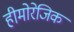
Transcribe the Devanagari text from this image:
हीमोरेजिक